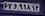
۶۲و۹۱۸۱۳